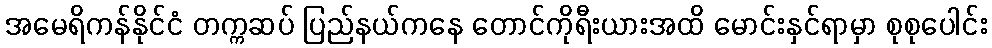
အမေရိကန်နိုင်ငံ တက္ကဆပ် ပြည်နယ်ကနေ တောင်ကိုရီးယားအထိ မောင်းနှင်ရာမှာ စုစုပေါင်း